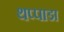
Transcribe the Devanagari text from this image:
थप्पाडा